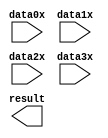
// megafunction wizard: %PARALLEL_ADD%VBB%
// GENERATION: STANDARD
// VERSION: WM1.0
// MODULE: parallel_add 

// ============================================================
// Megafunction Name(s):
// 			parallel_add
//
// Simulation Library Files(s):
// 			altera_mf
// ============================================================
// ************************************************************
// THIS IS A WIZARD-GENERATED FILE. DO NOT EDIT THIS FILE!
//
// 10.1 Build 153 11/29/2010 SJ Full Version
// ************************************************************

//Copyright (C) 1991-2010 Altera Corporation
//Your use of Altera Corporation's design tools, logic functions 
//and other software and tools, and its AMPP partner logic 
//functions, and any output files from any of the foregoing 
//(including device programming or simulation files), and any 
//associated documentation or information are expressly subject 
//to the terms and conditions of the Altera Program License 
//Subscription Agreement, Altera MegaCore Function License 
//Agreement, or other applicable license agreement, including, 
//without limitation, that your use is for the sole purpose of 
//programming logic devices manufactured by Altera and sold by 
//Altera or its authorized distributors.  Please refer to the 
//applicable agreement for further details.

module add4 (
	data0x,
	data1x,
	data2x,
	data3x,
	result);

	input	[11:0]  data0x;
	input	[11:0]  data1x;
	input	[11:0]  data2x;
	input	[11:0]  data3x;
	output	[13:0]  result;

endmodule

// ============================================================
// CNX file retrieval info
// ============================================================
// Retrieval info: PRIVATE: INTENDED_DEVICE_FAMILY STRING "Cyclone IV E"
// Retrieval info: PRIVATE: SYNTH_WRAPPER_GEN_POSTFIX STRING "0"
// Retrieval info: LIBRARY: altera_mf altera_mf.altera_mf_components.all
// Retrieval info: CONSTANT: MSW_SUBTRACT STRING "NO"
// Retrieval info: CONSTANT: PIPELINE NUMERIC "0"
// Retrieval info: CONSTANT: REPRESENTATION STRING "UNSIGNED"
// Retrieval info: CONSTANT: RESULT_ALIGNMENT STRING "LSB"
// Retrieval info: CONSTANT: SHIFT NUMERIC "0"
// Retrieval info: CONSTANT: SIZE NUMERIC "4"
// Retrieval info: CONSTANT: WIDTH NUMERIC "12"
// Retrieval info: CONSTANT: WIDTHR NUMERIC "14"
// Retrieval info: USED_PORT: data0x 0 0 12 0 INPUT NODEFVAL "data0x[11..0]"
// Retrieval info: USED_PORT: data1x 0 0 12 0 INPUT NODEFVAL "data1x[11..0]"
// Retrieval info: USED_PORT: data2x 0 0 12 0 INPUT NODEFVAL "data2x[11..0]"
// Retrieval info: USED_PORT: data3x 0 0 12 0 INPUT NODEFVAL "data3x[11..0]"
// Retrieval info: USED_PORT: result 0 0 14 0 OUTPUT NODEFVAL "result[13..0]"
// Retrieval info: CONNECT: @data 0 0 12 0 data0x 0 0 12 0
// Retrieval info: CONNECT: @data 0 0 12 12 data1x 0 0 12 0
// Retrieval info: CONNECT: @data 0 0 12 24 data2x 0 0 12 0
// Retrieval info: CONNECT: @data 0 0 12 36 data3x 0 0 12 0
// Retrieval info: CONNECT: result 0 0 14 0 @result 0 0 14 0
// Retrieval info: GEN_FILE: TYPE_NORMAL add4.v TRUE
// Retrieval info: GEN_FILE: TYPE_NORMAL add4.inc FALSE
// Retrieval info: GEN_FILE: TYPE_NORMAL add4.cmp FALSE
// Retrieval info: GEN_FILE: TYPE_NORMAL add4.bsf FALSE
// Retrieval info: GEN_FILE: TYPE_NORMAL add4_inst.v FALSE
// Retrieval info: GEN_FILE: TYPE_NORMAL add4_bb.v TRUE
// Retrieval info: LIB_FILE: altera_mf